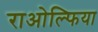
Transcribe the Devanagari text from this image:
राओल्फिया